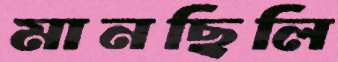
মানছিলি